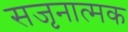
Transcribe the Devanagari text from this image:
सजृनात्मक